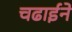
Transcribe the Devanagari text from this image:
चढाईने